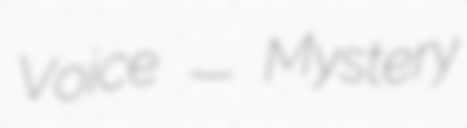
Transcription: Voice — Mystery